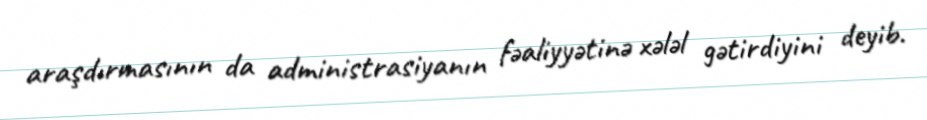
araşdırmasının da administrasiyanın fəaliyyətinə xələl gətirdiyini deyib.